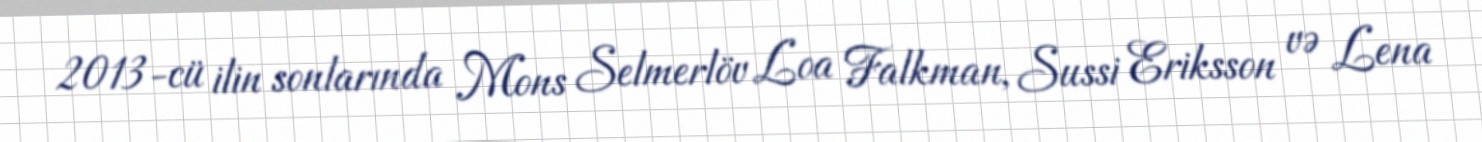
2013-cü ilin sonlarında Mons Selmerlöv Loa Falkman, Sussi Eriksson və Lena